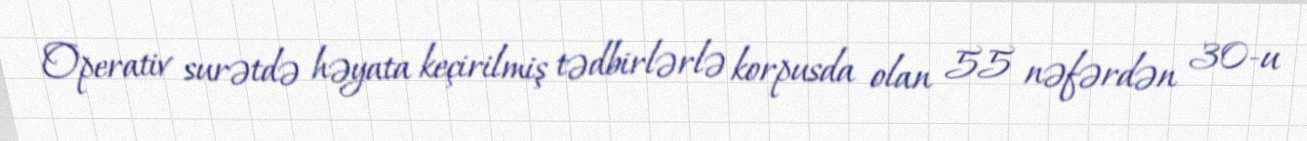
Operativ surətdə həyata keçirilmiş tədbirlərlə korpusda olan 55 nəfərdən 30-u